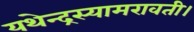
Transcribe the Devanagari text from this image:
यथेन्‍द्रस्‍यामरावती।